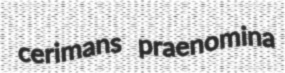
cerimans praenomina